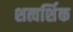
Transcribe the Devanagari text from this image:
शत्वर्शिक